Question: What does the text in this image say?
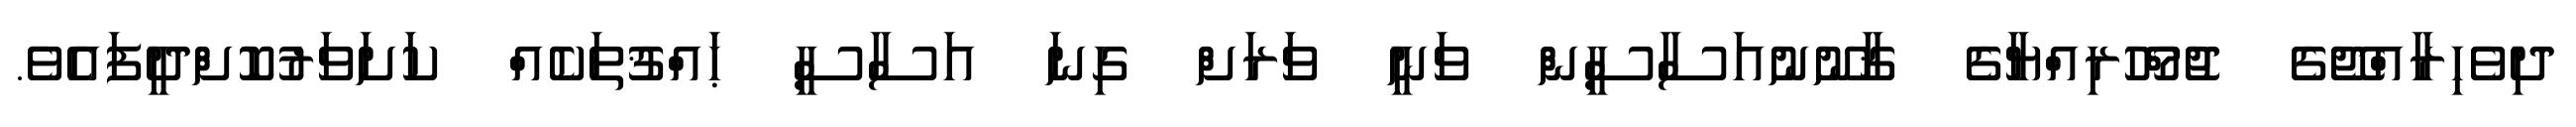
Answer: ދިވެހިރާއްޖޭގެ ޖުމްހޫރިއްޔާގެ ޤާނޫނުއަސާސީން ވަނީ ވަރަށް ގިނަ އަސާސީ ޙައްޤުތަކެއް ކަށަވަރުކޮށްދީފައެވެ.